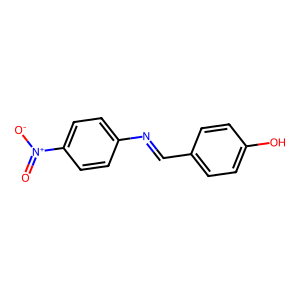
SMILES: O=[N+]([O-])c1ccc(N=Cc2ccc(O)cc2)cc1
Inhibits HIV replication: No